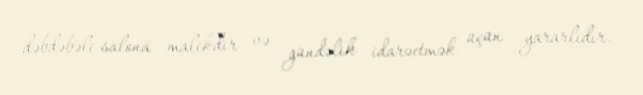
dəbdəbəli salona malikdir və gündəlik idarəetmək üçün yararlıdır.